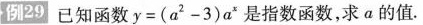
例29已知函数$$y = ( a ^ { 2 } - 3 ) a